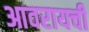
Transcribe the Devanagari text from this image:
आवरायची